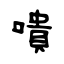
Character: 嘳